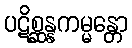
ပဋိစ္ဆန္နကမ္မန္တော